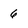
Character: 6